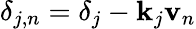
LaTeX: \delta_{j,n}=\delta_{j}-\mathbf{k}_{j}\mathbf{v}_{n}